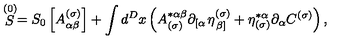
\stackrel { ( 0 ) } { S } = S _ { 0 } \left[ A _ { \alpha \beta } ^ { ( \sigma ) } \right] + \int d ^ { D } x \left( A _ { ( \sigma ) } ^ { * \alpha \beta } \partial _ { \left[ \alpha \right. } \eta _ { \left. \beta \right] } ^ { ( \sigma ) } + \eta _ { ( \sigma ) } ^ { * \alpha } \partial _ { \alpha } C ^ { ( \sigma ) } \right) ,